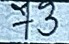
73